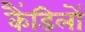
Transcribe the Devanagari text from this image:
कैंडिलों